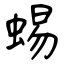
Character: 蜴